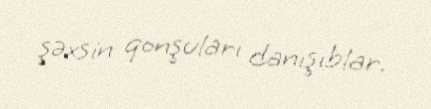
şəxsin qonşuları danışıblar.